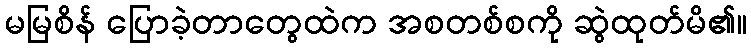
မမြစိန် ပြောခဲ့တာတွေထဲက အစတစ်စကို ဆွဲထုတ်မိ၏။